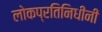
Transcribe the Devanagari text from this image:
लोकप्रतिनिधींनी